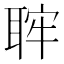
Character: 𦕵